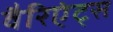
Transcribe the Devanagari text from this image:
वैरिएंट्स